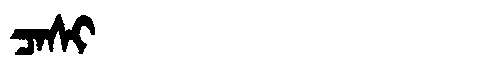
Manchu: ᠴᠠᠰᡳ
Romanization: CASI